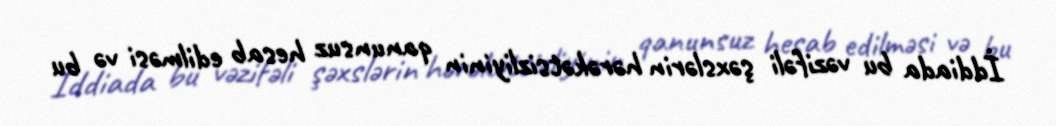
İddiada bu vəzifəli şəxslərin hərəkətsizliyinin qanunsuz hesab edilməsi və bu